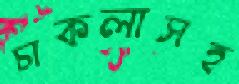
চাকলাসহ